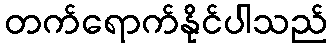
တက်ရောက်နိုင်ပါသည်